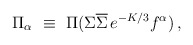
\begin{align*}\Pi_{\alpha}~\equiv~\Pi(\Sigma\overline{\Sigma}\,e^{-K/3}f^{\alpha})\, ,\end{align*}